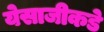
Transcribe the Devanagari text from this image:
येसाजीकडे